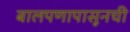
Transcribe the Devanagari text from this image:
बालपणापासूनची